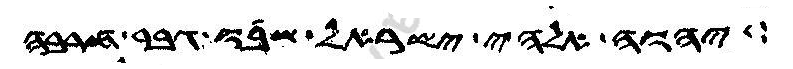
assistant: יהוה אלהי ישראל שבו גבר חרבה